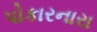
પોકારનારા